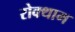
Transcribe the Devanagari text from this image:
रोक्थाम